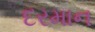
દરમાન